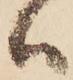
ハ